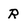
Character: R